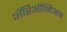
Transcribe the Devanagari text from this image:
ॲरिऑनिअन